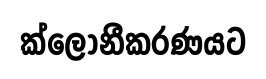
ක්ලෝනීකරණයට